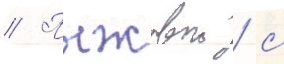
// Пыжовои / с